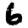
Digit: 6